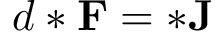
d * \mathbf { F } = * \mathbf { J }